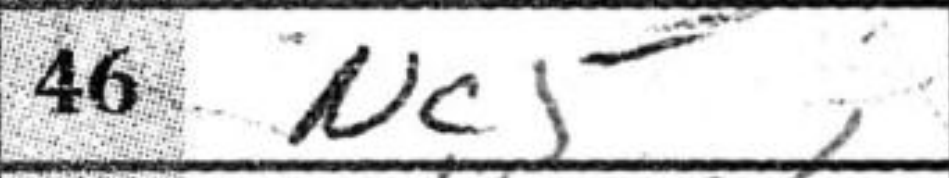
Transcription: Nc5